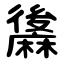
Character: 䵈